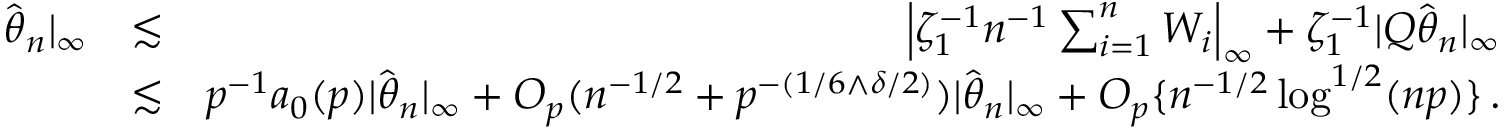
\begin{array} { r l r } { \hat { { \boldsymbol \theta } } _ { n } | _ { \infty } } & { \lesssim } & { \left| \zeta _ { 1 } ^ { - 1 } n ^ { - 1 } \sum _ { i = 1 } ^ { n } W _ { i } \right| _ { \infty } + \zeta _ { 1 } ^ { - 1 } | Q \hat { { \boldsymbol \theta } } _ { n } | _ { \infty } } \\ & { \lesssim } & { p ^ { - 1 } a _ { 0 } ( p ) | \hat { { \boldsymbol \theta } } _ { n } | _ { \infty } + O _ { p } ( n ^ { - 1 / 2 } + p ^ { - ( 1 / 6 \wedge \delta / 2 ) } ) | \hat { { \boldsymbol \theta } } _ { n } | _ { \infty } + O _ { p } \{ n ^ { - 1 / 2 } \log ^ { 1 / 2 } ( n p ) \} \, . } \end{array}